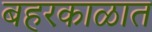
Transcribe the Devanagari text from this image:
बहरकाळात